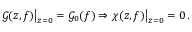
\left. \mathcal { G } ( z , f ) \right| _ { z = 0 } = \mathcal { G } _ { 0 } ( f ) \Rightarrow \left. \chi ( z , f ) \right| _ { z = 0 } = 0 \: .